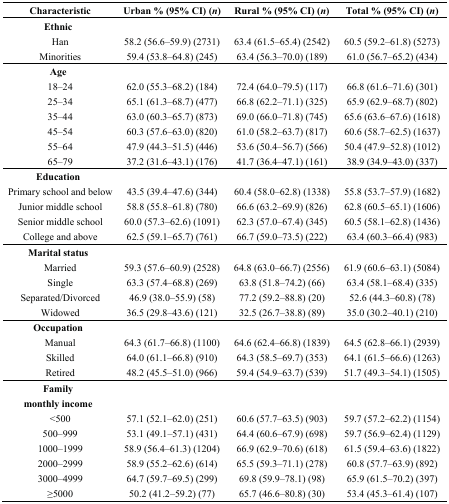
<table><thead><tr><td><b>Characteristic</b></td><td><b>Urban % (95% CI) (<i>n</i>)</b></td><td><b>Rural % (95% CI) (<i>n</i>)</b></td><td><b>Total % (95% CI) (<i>n</i>)</b></td></tr></thead><tbody><tr><td><b>Ethnic</b></td><td></td><td></td><td></td></tr><tr><td>Han</td><td>58.2 (56.6–59.9) (2731)</td><td>63.4 (61.5–65.4) (2542)</td><td>60.5 (59.2–61.8) (5273)</td></tr><tr><td>Minorities</td><td>59.4 (53.8–64.8) (245)</td><td>63.4 (56.3–70.0) (189)</td><td>61.0 (56.7–65.2) (434)</td></tr><tr><td><b>Age</b></td><td></td><td></td><td></td></tr><tr><td>18–24</td><td>62.0 (55.3–68.2) (184)</td><td>72.4 (64.0–79.5) (117)</td><td>66.8 (61.6–71.6) (301)</td></tr><tr><td>25–34</td><td>65.1 (61.3–68.7) (477)</td><td>66.8 (62.2–71.1) (325)</td><td>65.9 (62.9–68.7) (802)</td></tr><tr><td>35–44</td><td>63.0 (60.3–65.7) (873)</td><td>69.0 (66.0–71.8) (745)</td><td>65.6 (63.6–67.6) (1618)</td></tr><tr><td>45–54</td><td>60.3 (57.6–63.0) (820)</td><td>61.0 (58.2–63.7) (817)</td><td>60.6 (58.7–62.5) (1637)</td></tr><tr><td>55–64</td><td>47.9 (44.3–51.5) (446)</td><td>53.6 (50.4–56.7) (566)</td><td>50.4 (47.9–52.8) (1012)</td></tr><tr><td>65–79</td><td>37.2 (31.6–43.1) (176)</td><td>41.7 (36.4–47.1) (161)</td><td>38.9 (34.9–43.0) (337)</td></tr><tr><td><b>Education</b></td><td></td><td></td><td></td></tr><tr><td>Primary school and below</td><td>43.5 (39.4–47.6) (344)</td><td>60.4 (58.0–62.8) (1338)</td><td>55.8 (53.7–57.9) (1682)</td></tr><tr><td>Junior middle school</td><td>58.8 (55.8–61.8) (780)</td><td>66.6 (63.2–69.9) (826)</td><td>62.8 (60.5–65.1) (1606)</td></tr><tr><td>Senior middle school</td><td>60.0 (57.3–62.6) (1091)</td><td>62.3 (57.0–67.4) (345)</td><td>60.5 (58.1–62.8) (1436)</td></tr><tr><td>College and above</td><td>62.5 (59.1–65.7) (761)</td><td>66.7 (59.0–73.5) (222)</td><td>63.4 (60.3–66.4) (983)</td></tr><tr><td><b>Marital status</b></td><td></td><td></td><td></td></tr><tr><td>Married</td><td>59.3 (57.6–60.9) (2528)</td><td>64.8 (63.0–66.7) (2556)</td><td>61.9 (60.6–63.1) (5084)</td></tr><tr><td>Single</td><td>63.3 (57.4–68.8) (269)</td><td>63.8 (51.8–74.2) (66)</td><td>63.4 (58.1–68.4) (335)</td></tr><tr><td>Separated/Divorced</td><td>46.9 (38.0–55.9) (58)</td><td>77.2 (59.2–88.8) (20)</td><td>52.6 (44.3–60.8) (78)</td></tr><tr><td>Widowed</td><td>36.5 (29.8–43.6) (121)</td><td>32.5 (26.7–38.8) (89)</td><td>35.0 (30.2–40.1) (210)</td></tr><tr><td><b>Occupation</b></td><td></td><td></td><td></td></tr><tr><td>Manual</td><td>64.3 (61.7–66.8) (1100)</td><td>64.6 (62.4–66.8) (1839)</td><td>64.5 (62.8–66.1) (2939)</td></tr><tr><td>Skilled</td><td>64.0 (61.1–66.8) (910)</td><td>64.3 (58.5–69.7) (353)</td><td>64.1 (61.5–66.6) (1263)</td></tr><tr><td>Retired</td><td>48.2 (45.5–51.0) (966)</td><td>59.4 (54.9–63.7) (539)</td><td>51.7 (49.3–54.1) (1505)</td></tr><tr><td><b>Family monthly income</b></td><td></td><td></td><td></td></tr><tr><td>&lt;500</td><td>57.1 (52.1–62.0) (251)</td><td>60.6 (57.7–63.5) (903)</td><td>59.7 (57.2–62.2) (1154)</td></tr><tr><td>500–999</td><td>53.1 (49.1–57.1) (431)</td><td>64.4 (60.6–67.9) (698)</td><td>59.7 (56.9–62.4) (1129)</td></tr><tr><td>1000–1999</td><td>58.9 (56.4–61.3) (1204)</td><td>66.9 (62.9–70.6) (618)</td><td>61.5 (59.4–63.6) (1822)</td></tr><tr><td>2000–2999</td><td>58.9 (55.2–62.6) (614)</td><td>65.5 (59.3–71.1) (278)</td><td>60.8 (57.7–63.9) (892)</td></tr><tr><td>3000–4999</td><td>64.7 (59.7–69.5) (299)</td><td>69.8 (59.9–78.1) (98)</td><td>65.9 (61.5–70.2) (397)</td></tr><tr><td>≥5000</td><td>50.2 (41.2–59.2) (77)</td><td>65.7 (46.6–80.8) (30)</td><td>53.4 (45.3–61.4) (107)</td></tr></tbody></table>